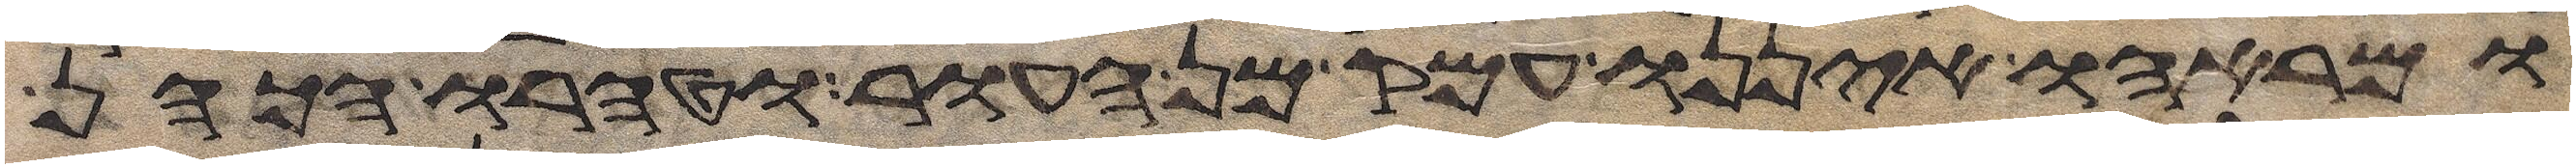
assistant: ומראהו איננו עמק מן העור וטהרו הכהן